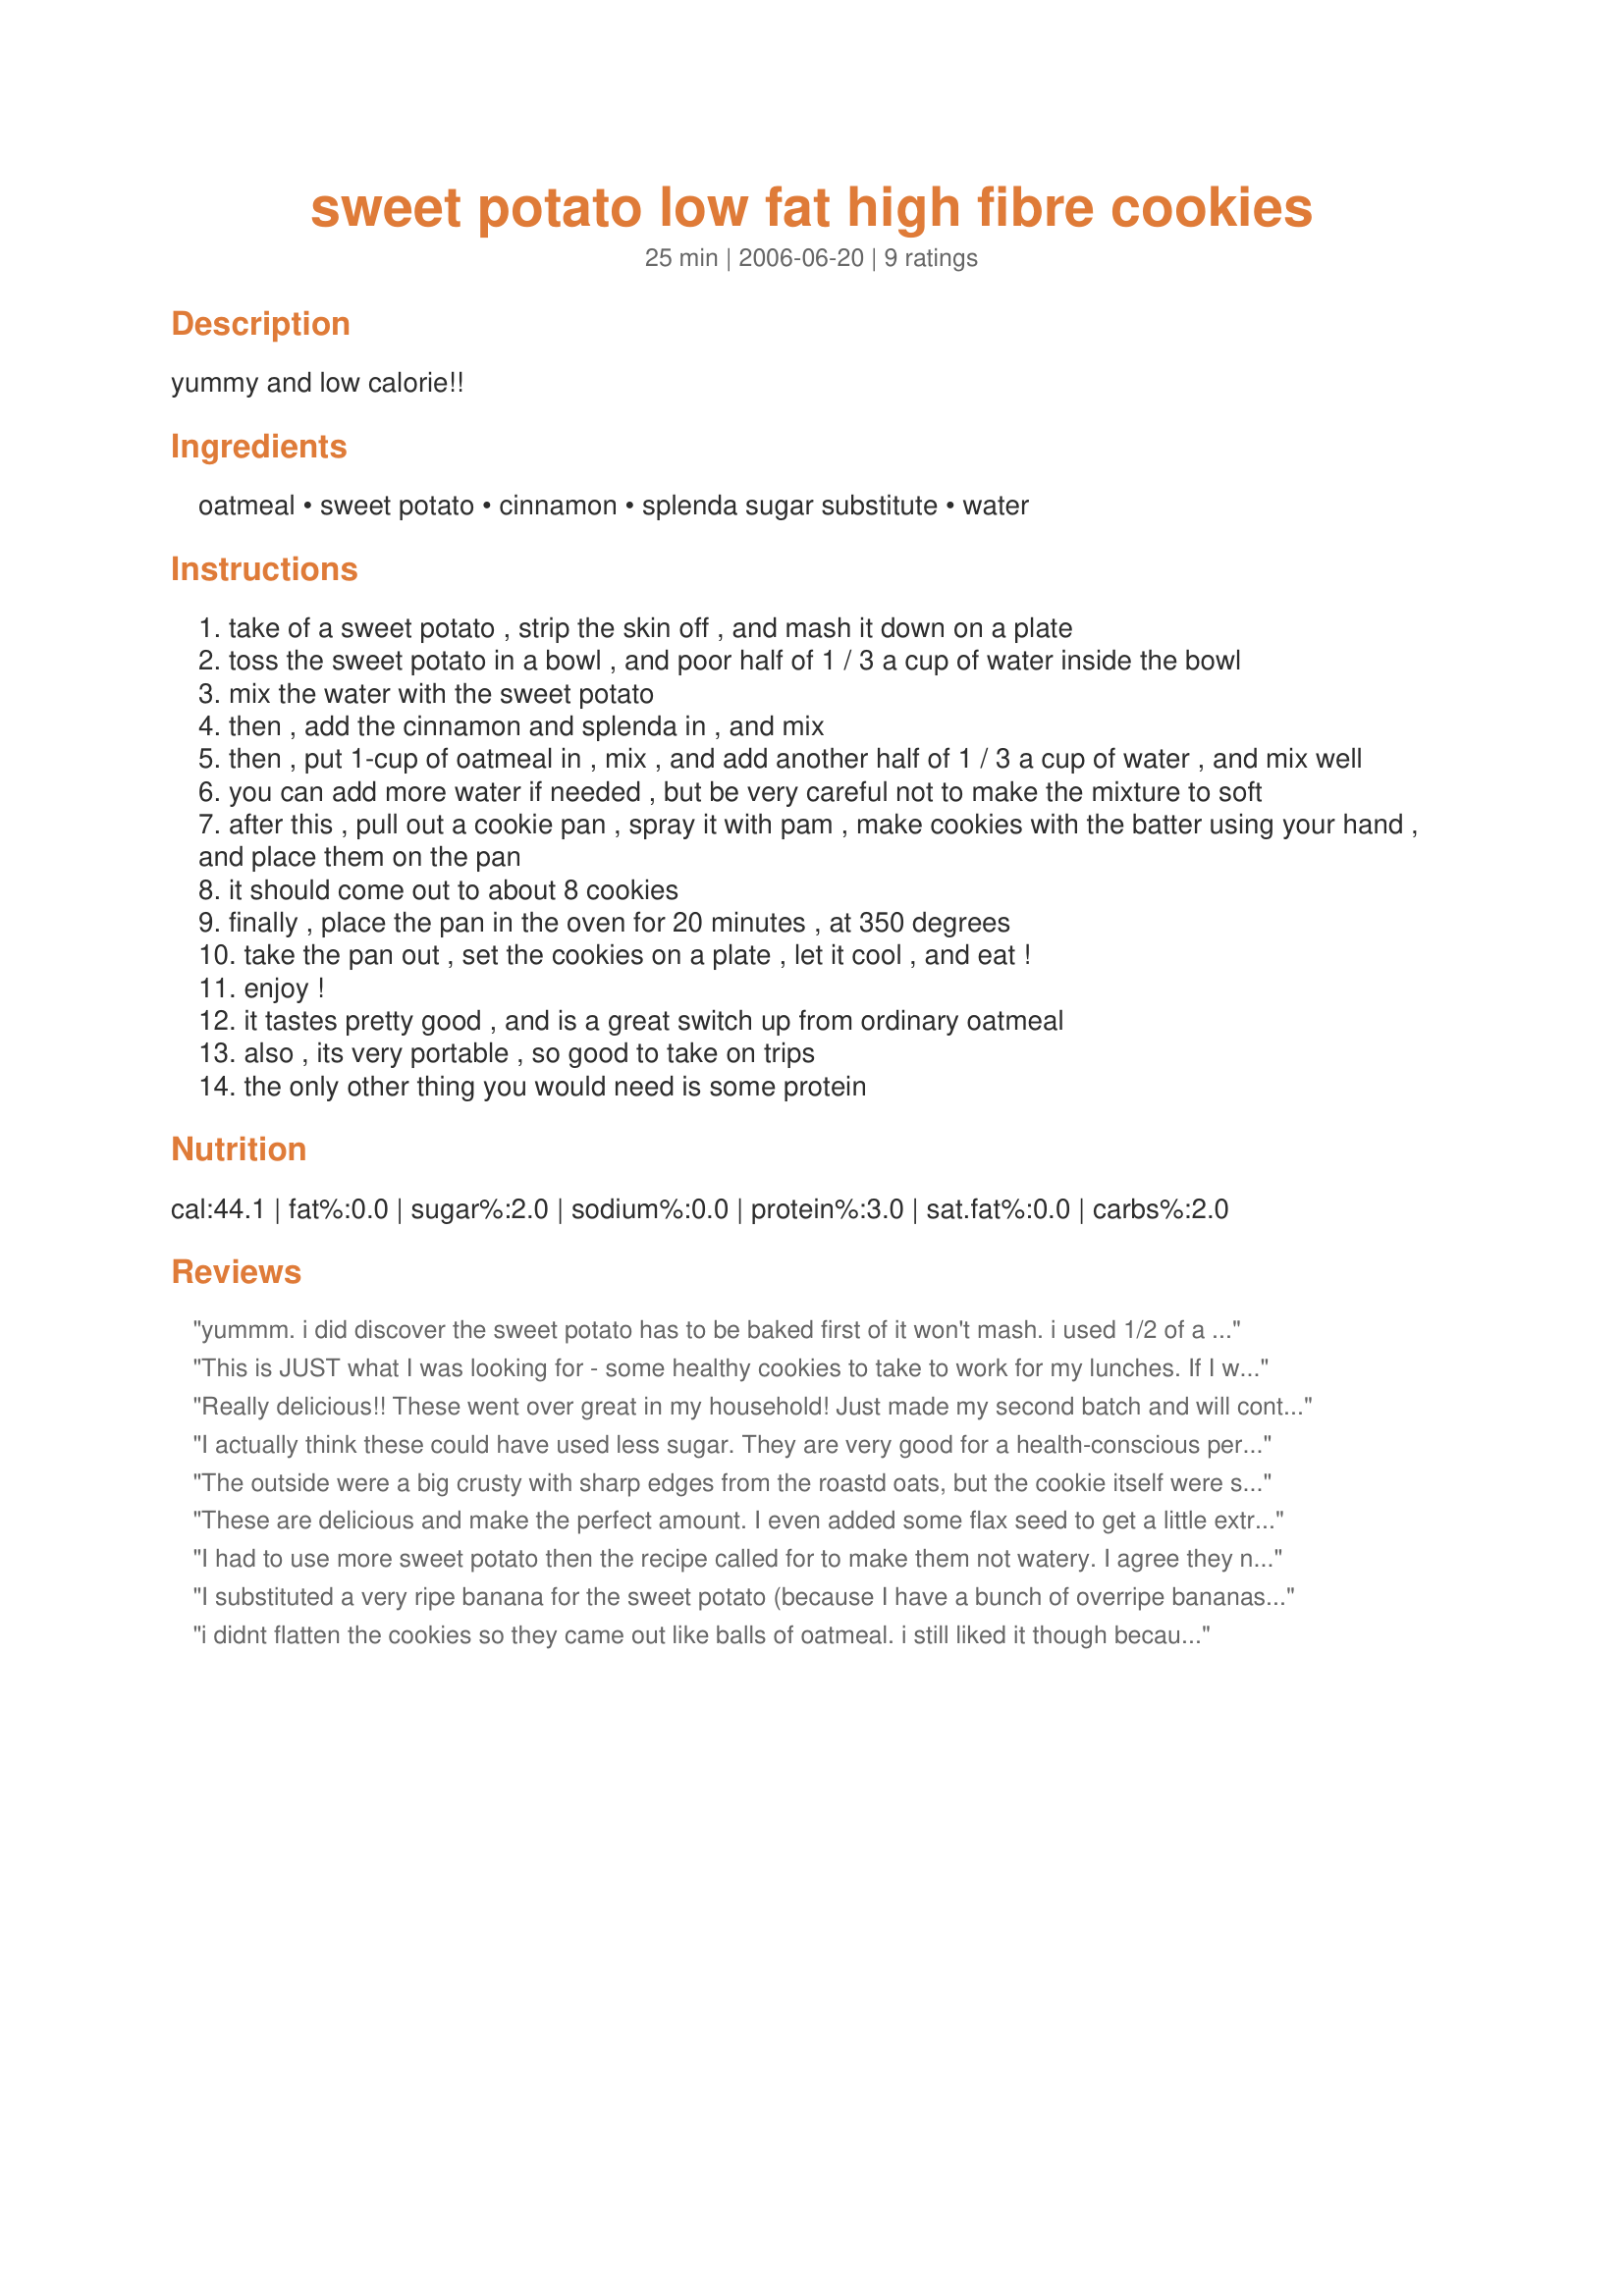
sweet potato low fat high fibre cookies
Preparation time: 25 minutes

yummy and low calorie!!

Ingredients:
oatmeal, sweet potato, cinnamon, splenda sugar substitute, water

Steps:
take of a sweet potato , strip the skin off , and mash it down on a plate
toss the sweet potato in a bowl , and poor half of 1 / 3 a cup of water inside the bowl
mix the water with the sweet potato
then , add the cinnamon and splenda in , and mix
then , put 1-cup of oatmeal in , mix , and add another half of 1 / 3 a cup of water , and mix well
you can add more water if needed , but be very careful not to make the mixture to soft
after this , pull out a cookie pan , spray it with pam , make cookies with the batter using your hand , and place them on the pan
it should come out to about 8 cookies
finally , place the pan in the oven for 20 minutes , at 350 degrees
take the pan out , set the cookies on a plate , let it cool , and eat !
enjoy !
it tastes pretty good , and is a great switch up from ordinary oatmeal
also , its very portable , so good to take on trips
the only other thing you would need is some protein

Reviews:
yummm. i did discover the sweet potato has to be baked first of it won't mash. i used 1/2 of a sweet potato, 1 cup oatmeal, the cinnamon, 2 packets splenda, and just over the 1/3 cup of water, and it came out perfect :-)
This is JUST what I was looking for - some healthy cookies to take to work for my lunches. If I wasn't dieting then I probably wouldn't make these again but, as I'm sure most dieters would agree, it's really nice to have something sweet and seemingly a bit naughty from time to time. I'm doing weight watchers and, by my accounting, this is no count/core, so even better. Not the tastiest cookie in the world (in my opinion), but a really yummy low fat recipe. Very easy to make, crisp yet chewy, and I also think they're pretty versatile. Next time I'm going to try them with some ginger and I also think they'd work with citrus fruits. I don't have a majorly sweet tooth and these were just right for me, but I can understand why other people might want to add extra splenda. A definte keeper - I can see myself making these every Sunday night for the week ahead. Thanks Maria!
Really delicious!! These went over great in my household! Just made my second batch and will continue to make these all the time. I added in some chopped dried apricots and replaced the splenda with 16drops of liquid stevia. Turned out great!
I actually think these could have used less sugar. They are very good for a health-conscious person, such as myself, but definitely are not the kind of cookie you'd serve to guests. Very quick to make, delicious and nutritious!
The outside were a big crusty with sharp edges from the roastd oats, but the cookie itself were soft. I triple the recipe and use only 8 (1g) splenda and 1/2 t of cinnamon. They turned out not sweet/cinamony, i have to add more splnda and cinnamon next time. I made 25 cookies
These are delicious and make the perfect amount. I even added some flax seed to get a little extra nutrition. Thanks for posting!
I had to use more sweet potato then the recipe called for to make them not watery. I agree they needed more sugar, but the concept is great. Not bad!
I substituted a very ripe banana for the sweet potato (because I have a bunch of overripe bananas and I thought they were similar consistency). A good dash of cinnamon and some SF maple syrup in place of splenda (I HATE splenda). Probably used just about a tablespoon of water though. I got 16 small cookies. Next time I'll add a little more maple syrup. They could have been a little sweeter. Not bad at all.
i didnt flatten the cookies so they came out like balls of oatmeal. i still liked it though because i love anything with oatmeal. These were interesting, thanks!
